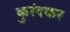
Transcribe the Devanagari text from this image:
कुरंदकर